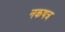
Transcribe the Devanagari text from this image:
नकषत्र